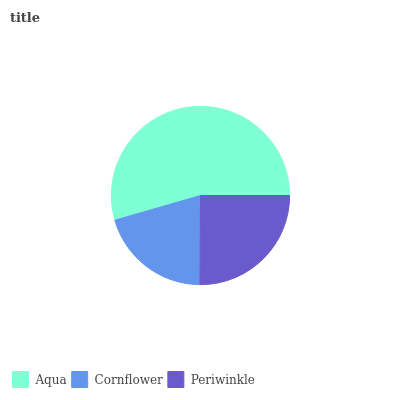
| Aqua | Cornflower | Periwinkle |
 | --- | --- | --- |
 | 54.5% | 20.4% | 25.2% |